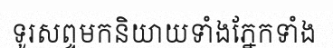
ទូរសព្ទមកនិយាយទាំងភ្នែកទាំង